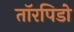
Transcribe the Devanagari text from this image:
तॉरपिडो